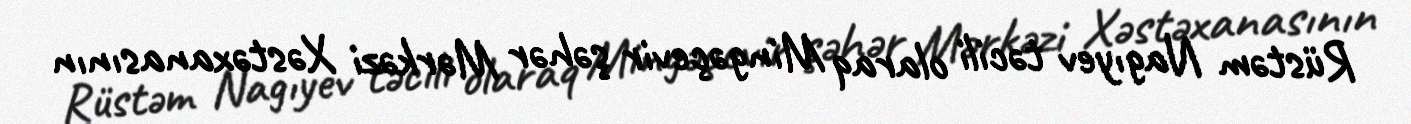
Rüstəm Nagıyev təcili olaraq Mingəçevir şəhər Mərkəzi Xəstəxanasının